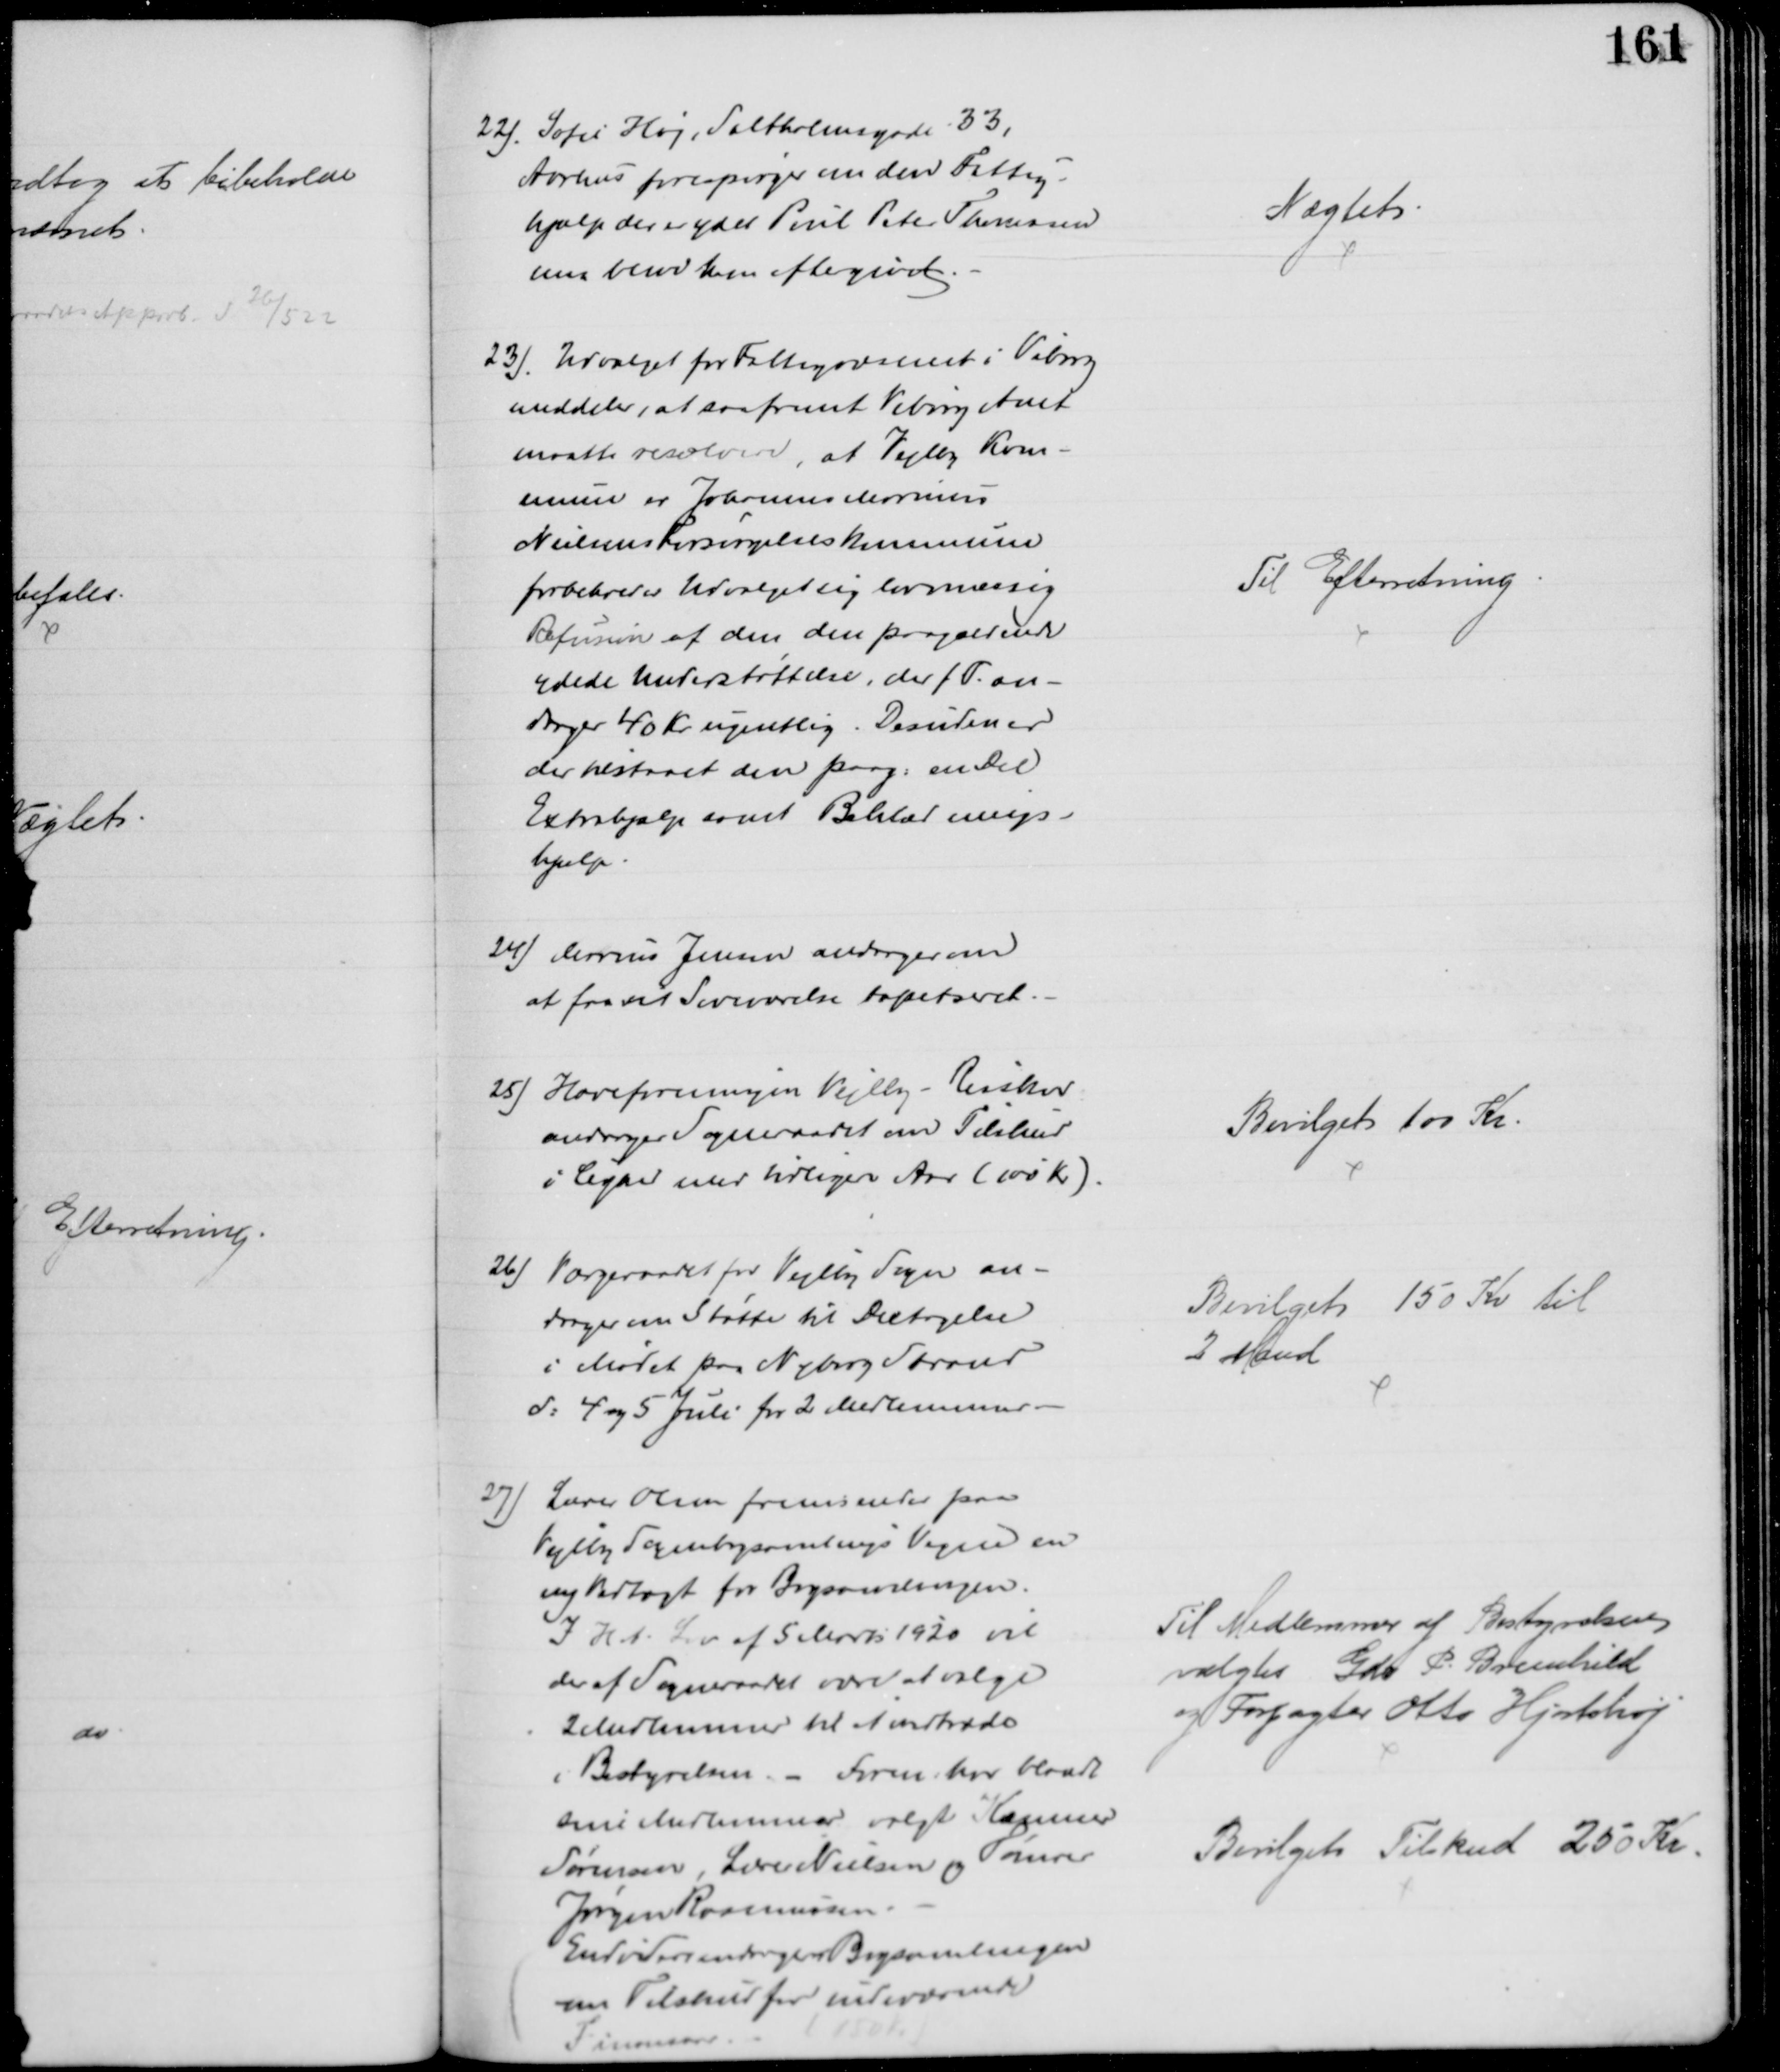
Transskription:
22). Sofie Høj, Saltholmsgade 33,
Aarhus forespørger om den Fattig-
hjælp der er ydet Poul Peter Thomsen
maa blive ham eftergivet.
Nægtet
23). Udvalget for Fattigvæsenet i Viborg
meddeler, at saafremt Viborg Amt
maatte resolvere, at Vejlby Kom-
mune er Johannes Marius
Nielsens Forsørgelseskommune
forbeholder Udvalget sig lovmæssig
Refusion af den den paagældende
ydede Understøttelse, der f. T. an-
drager 40 Kr ugentlig. Desuden er
der tilstaaet den paag. en Del
Extrahjælp samt Beklædnings-
hjælp
Til Efterretning
24) Marius Jensen andrager om
at faa sit Soveværelse tapetseret
25) Haveforeningen Vejlby - Risskov
andrager Sogneraadet om Tilskud
i Lighed med tidligere Aar (100 Kr)
Bevilget 100 Kr
26) Værgeraadet for Vejlby Sogn an-
drager om Støtte til Deltagelse
i Mødet paa Nyborg Strand
d: 4 og 5 Juli for 2 Medlemmer.
Bevilget 150 Kr til
2 Mand
27) Lærer Olsen fremsender paa
Vejlby Sognebogsamlings Vegne en 
ny Vedtægt for Bogsamlingen.
I H. t. Lov af 5 Marts 1920 vil
der af Sogneraadet være at vælge
2 Medlemmer til at tiltræde
i Bestyrelsen. - Foren har blandt
sine Medlemmer valgt Kæmner
Sørensen, Lærer Nielsen og Tømrer
Jørgen Rasmussen.
Endvidere andrager Bogsamlingen
om Tilskud for indeværende
Finansaar
(150 Kr)
Til Medlemmer af Bestyrelsen
valgtes Gdr P. Breinhild
og Forpagter Otto Hjortshøj
Bevilget Tilskud 250 Kr.